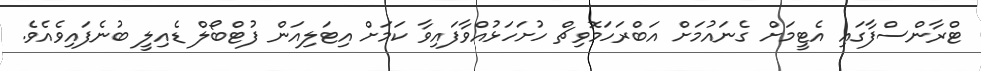
ޓްރާންސްފާގައި އެޓީމަށް ގެނައުމަށް އަބްރަހަމޮވިޗް ހުށަހަޅުއްވާފައިވާ ކަމަށް އިޓަލިއަން ފުޓްބޯލް ޑެއިލީ ބުނެފައިވެއެވެ.